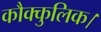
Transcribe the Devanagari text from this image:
कौक्कुलिक।